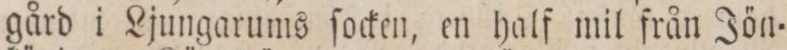
gård i Ljungarums ſocken, en half mil från Jön=